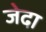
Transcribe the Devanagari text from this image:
जेदा